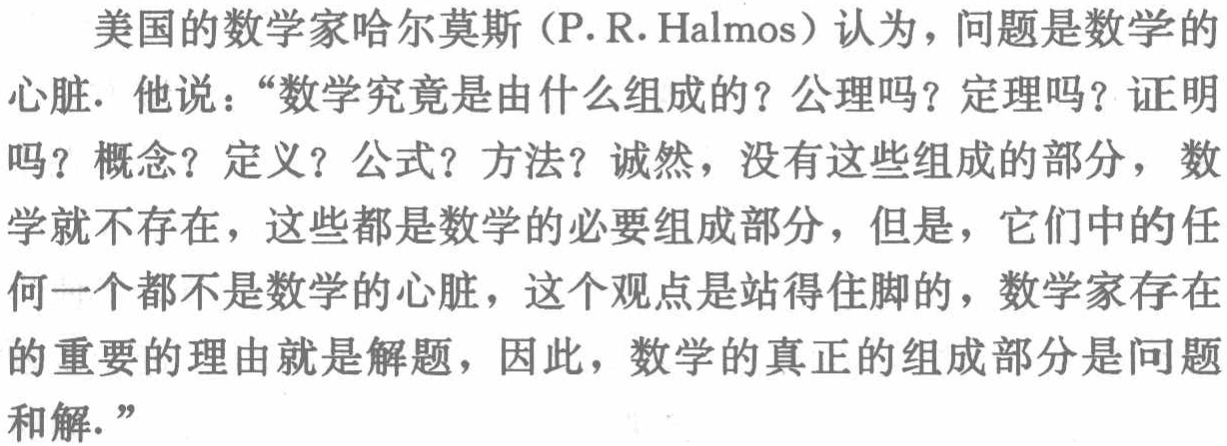
美国的数学家哈尔莫斯（P.R. Halmos）认为，问题是数学的心脏. 他说：“数学究竟是由什么组成的？公理吗？定理吗？证明吗？概念？定义？公式？方法？诚然，没有这些组成的部分，数学就不存在，这些都是数学的必要组成部分，但是，它们中的任何一个都不是数学的心脏，这个观点是站得住脚的，数学家存在的重要的理由就是解题，因此，数学的真正的组成部分是问题和解.”